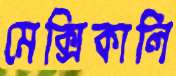
মেক্সিকালি